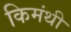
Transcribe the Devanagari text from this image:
किमंथी